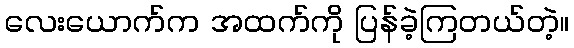
လေးယောက်က အထက်ကို ပြန်ခဲ့ကြတယ်တဲ့။